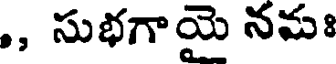
,, సుభగాయై నమః